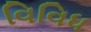
વિવિધ